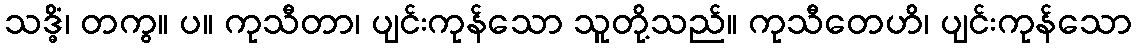
သဒ္ဓိံ၊ တကွ။ ပ။ ကုသီတာ၊ ပျင်းကုန်သော သူတို့သည်။ ကုသီတေဟိ၊ ပျင်းကုန်သော